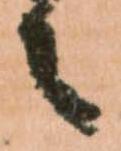
々